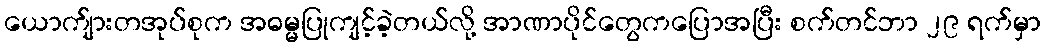
ယောက်ျားတအုပ်စုက အဓမ္မပြုကျင့်ခဲ့တယ်လို့ အာဏာပိုင်တွေကပြောအပြီး စက်တင်ဘာ ၂၉ ရက်မှာ